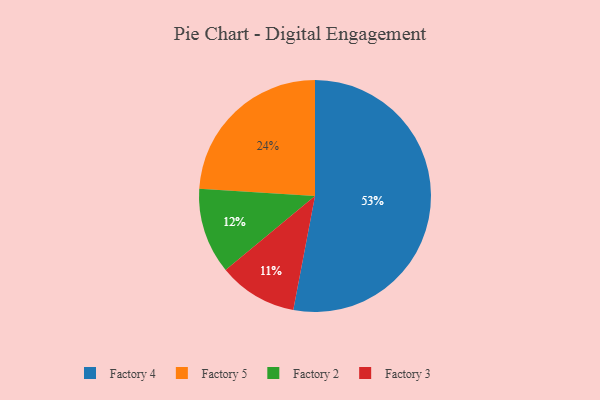
{"axis": {"x": "Category", "y": "Percentage"}, "legend": ["Factory 2", "Factory 3", "Factory 4", "Factory 5"], "data": [{"x": "Factory 3", "y": 11, "type": "Factory 3"}, {"x": "Factory 2", "y": 12, "type": "Factory 2"}, {"x": "Factory 4", "y": 53, "type": "Factory 4"}, {"x": "Factory 5", "y": 24, "type": "Factory 5"}]}